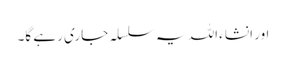
اور انشا ءاللہ یہ سلسلہ جاری رہے گا۔